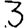
Digit: 3